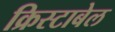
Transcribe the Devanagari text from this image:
क्रिस्टाबेल